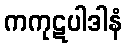
ကကုဋပါဒါနံ